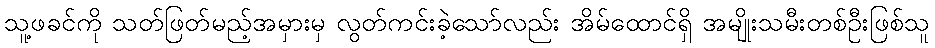
သူ့ဖခင်ကို သတ်ဖြတ်မည့်အမှားမှ လွတ်ကင်းခဲ့သော်လည်း အိမ်ထောင်ရှိ အမျိုးသမီးတစ်ဦးဖြစ်သူ